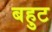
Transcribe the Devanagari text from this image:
बहुट